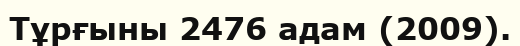
Тұрғыны 2476 адам (2009).